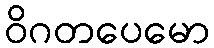
ဝိဂတပေမော